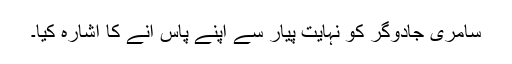
سامری جادوگر کو نہایت پیار سے اپنے پاس آنے کا اشارہ کیا۔